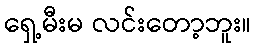
ရှေ့မီးမ လင်းတော့ဘူး။